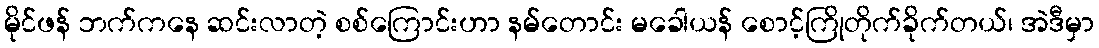
မိုင်ဖန် ဘက်ကနေ ဆင်းလာတဲ့ စစ်ကြောင်းဟာ နမ်တောင်း မခေါယန် စောင့်ကြိုတိုက်ခိုက်တယ်၊ အဲဒီမှာ